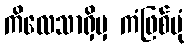
ကိလေသာရှိမှ ကံဖြစ်ပုံ